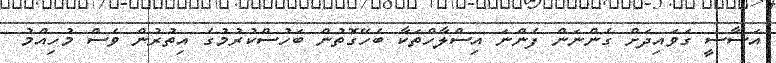
އަސާސީ ގަވައިދަށް ގެންނަން ފެންނަ އިސްލާހްތަކާ ބެހޭގޮތުން ބަހުސްކުރުމުގެ އިތުރުން ވެސް މުހިއްމު